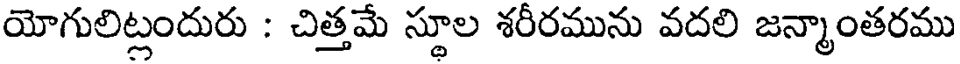
యోగులిట్లందురు : చిత్తమే స్థూల శరీరమును వదలి జన్మాంతరము